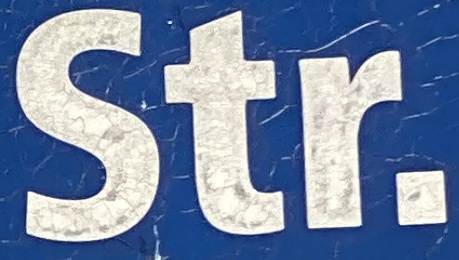
Str.